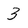
Character: 3